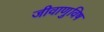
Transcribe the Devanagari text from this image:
जीवाणुविष